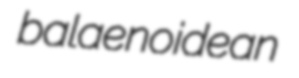
balaenoidean